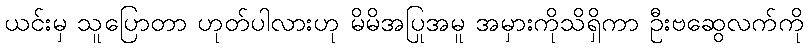
ယင်းမှ သူပြောတာ ဟုတ်ပါလားဟု မိမိအပြုအမူ အမှားကိုသိရှိကာ ဦးဗဆွေလက်ကို